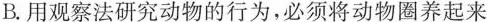
B.用观察法研究动物的行为，必须将动物圈养起来